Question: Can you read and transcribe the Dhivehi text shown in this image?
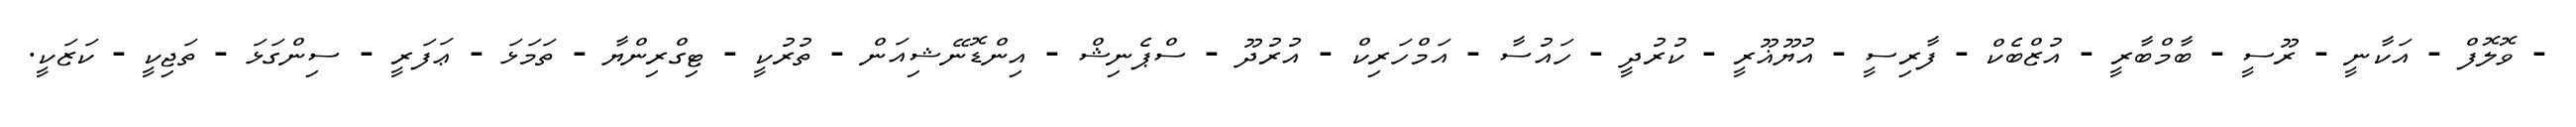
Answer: - ވޮލޮފް - އަކާނީ - ރޫސީ - ބާމްބާރީ - އުޒްބެކް - ފާރިސީ - އުޔޫޣޫރީ - ކުރުދީ - ހައުސާ - އަމްހަރިކް - އުރުދޫ - ސްޕެނިޝް - އިންޑޮނޭޝިއަން - ތުރުކީ - ޓިގްރިންޔާ - ތަމަޅަ - ޢަފަރީ - ސިންގަޅަ - ތަޖިކީ - ކަޒަކީ.